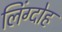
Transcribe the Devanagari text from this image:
लिंग्दोह